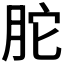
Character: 𦚐